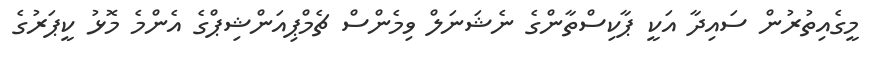
މީގެއިތުރުން ސައިދާ އަކީ ޕާކިސްތާންގެ ނެޝަނަލް ވިމެންސް ޗެމްޕިއަންޝިޕްގެ އެންމެ މޮޅު ކީޕަރުގެ